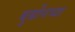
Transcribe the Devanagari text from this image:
बुर्बोनच्या